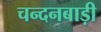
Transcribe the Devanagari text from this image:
चन्दनबाड़ी